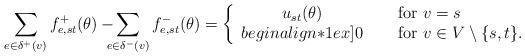
LaTeX: \begin{align*}\sum_{e \in \delta^+(v)} f^+_{e,st} (\theta) -\!\!\!\!\sum_{e \in \delta^-(v)} f^-_{e,st} (\theta) =\left\{\begin{array}{cl}u_{st}(\theta)&\quad\mbox{ for $v=s$ }\\begin{align*}1ex]0&\quad\mbox{ for $v \in V \setminus \{ s,t \}$}.\end{array}\right.\end{align*}